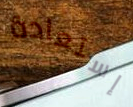
إستعادة